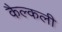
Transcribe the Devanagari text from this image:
कैल्कली